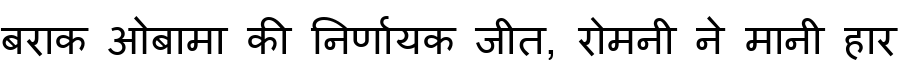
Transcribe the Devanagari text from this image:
बराक ओबामा की निर्णायक जीत, रोमनी ने मानी हार